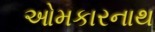
ઓમકારનાથ